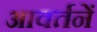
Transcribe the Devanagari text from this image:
आवर्तनें